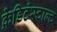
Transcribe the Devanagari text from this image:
क्रेडिटंस्टाल्ट